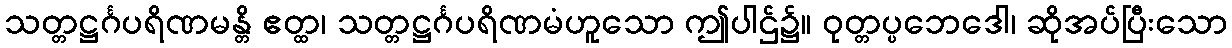
သတ္တဋ္ဌင်္ဂပရိဏမန္တိ ဧတ္ထ၊ သတ္တဋ္ဌင်္ဂပရိဏမံဟူသော ဤပါဌ်၌။ ဝုတ္တပ္ပဘေဒေါ၊ ဆိုအပ်ပြီးသော